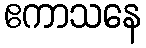
ဧကာသနေ